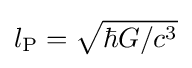
l_{\text{P}}={\sqrt {\hbar G/c^{3}}}